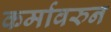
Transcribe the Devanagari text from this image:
कर्मावरुन